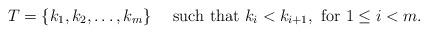
LaTeX: \begin{align*} T=\{ k_1,k_2,\ldots,k_m \} \mbox{ \ \ \ such that }k_i < k_{i+1}, \mbox{ for } 1\le i <m.\end{align*}